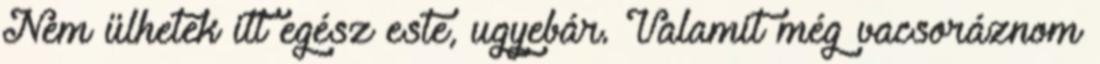
Nem ülhetek itt egész este, ugyebár. Valamit még vacsoráznom